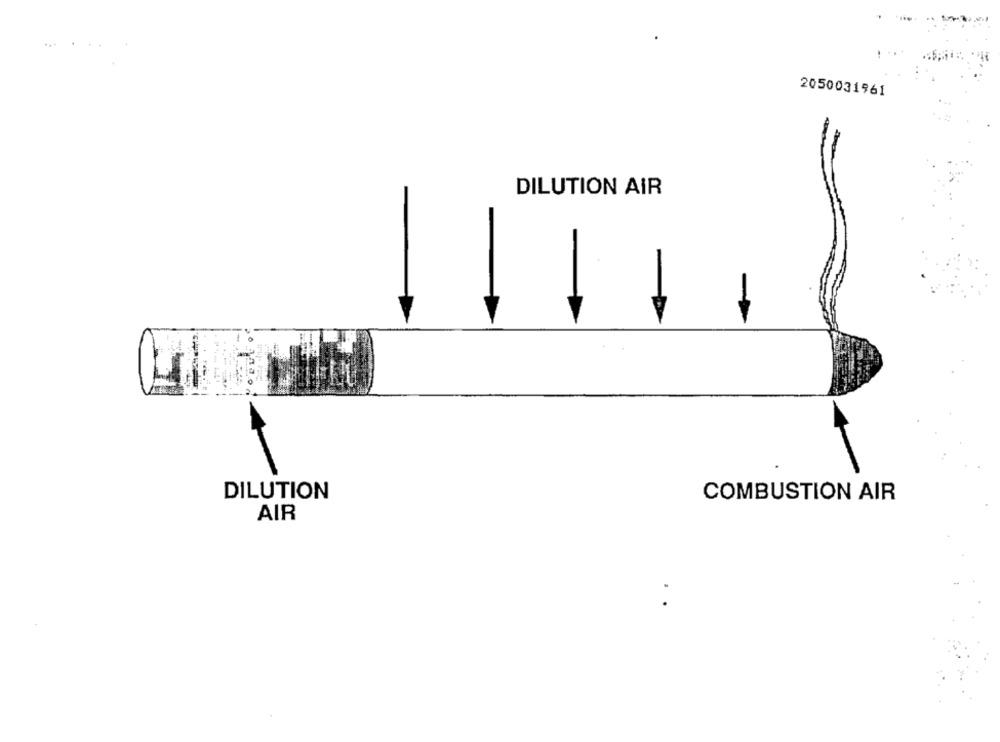
2050031961
DILUTION AIR
DILUTION
COMBUSTION AIR
AIR